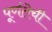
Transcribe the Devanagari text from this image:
पूर्णतेची